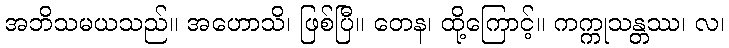
အဘိသမယသည်။ အဟောသိ၊ ဖြစ်ပြီ။ တေန၊ ထို့ကြောင့်။ ကက္ကုသန္တဿ၊ လ၊